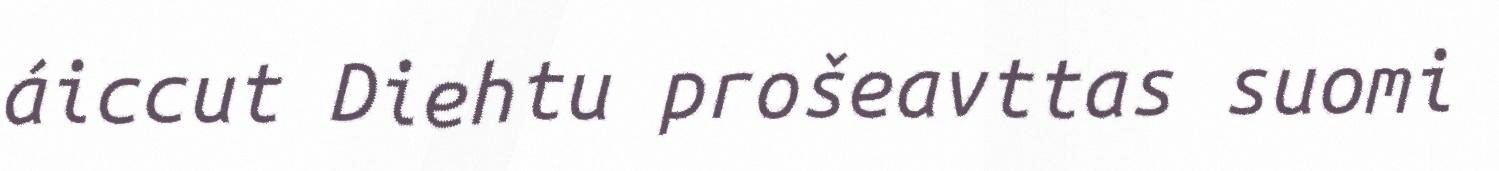
áiccut Diehtu prošeavttas suomi